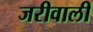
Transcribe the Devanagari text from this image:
जरीवाली